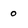
Character: o